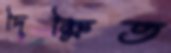
দিক্ষিত